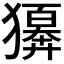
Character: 𤢫